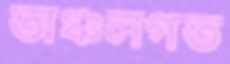
অঞ্চলগত